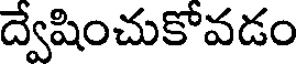
ద్వేషించుకోవడం